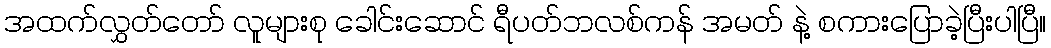
အထက်လွှတ်တော် လူများစု ခေါင်းဆောင် ရီပတ်ဘလစ်ကန် အမတ် နဲ့ စကားပြောခဲ့ပြီးပါပြီ။